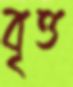
বৃত্ত